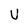
Character: U